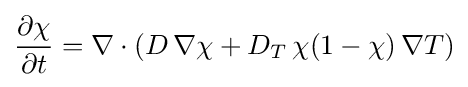
{\frac {\partial \chi }{\partial t}}=\nabla \cdot (D\,\nabla \chi +D_{T}\,\chi (1-\chi )\,\nabla T)